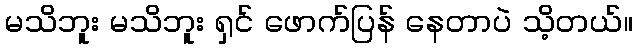
မသိဘူး မသိဘူး ရှင် ဖောက်ပြန် နေတာပဲ သိ့တယ်။